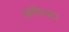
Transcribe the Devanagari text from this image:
कॉमन्स।